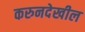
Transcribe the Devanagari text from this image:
करुनदेखील